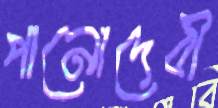
পানোদেবী